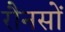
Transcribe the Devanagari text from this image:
रौनसों